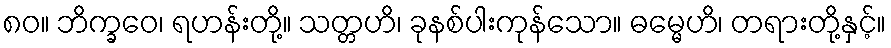
၈၀။ ဘိက္ခဝေ၊ ရဟန်းတို့။ သတ္တဟိ၊ ခုနစ်ပါးကုန်သော။ ဓမ္မေဟိ၊ တရားတို့နှင့်။